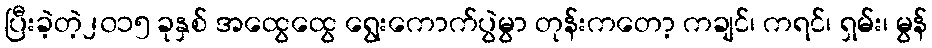
ပြီးခဲ့တဲ့၂၀၁၅ ခုနှစ် အထွေထွေ ရွေးကောက်ပွဲမွာ တုန်းကတော့ ကချင်၊ ကရင်၊ ရှမ်း၊ မွန်